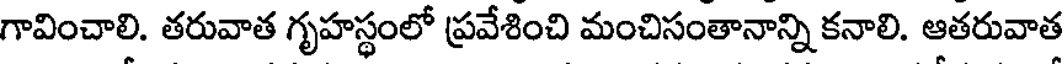
గావించాలి. తరువాత గృహస్థంలో ప్రవేశించి మంచిసంతానాన్ని కనాలి. ఆతరువాత